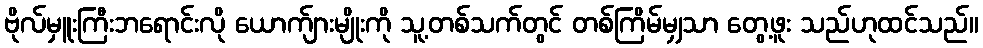
ဗိုလ်မှူးကြီးဘရောင်းလို ယောက်ျားမျိုးကို သူ့တစ်သက်တွင် တစ်ကြိမ်မျှသာ တွေ့ဖူး သည်ဟုထင်သည်။